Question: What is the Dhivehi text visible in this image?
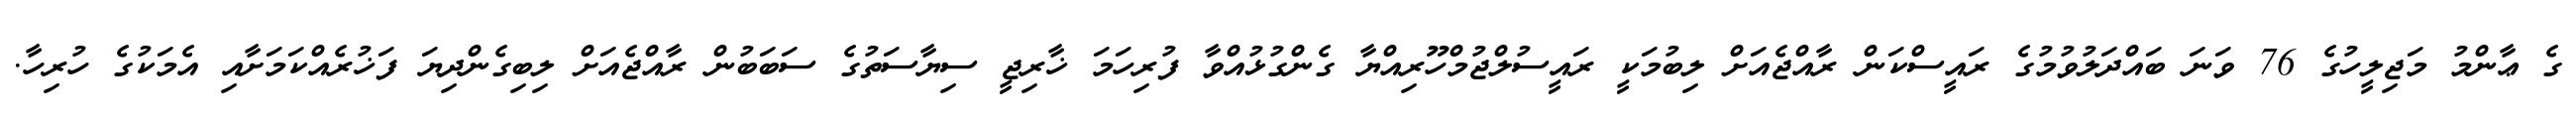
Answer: ގެ ޢާންމު މަޖިލީހުގެ 76 ވަނަ ބައްދަލުވުމުގެ ރައީސްކަން ރާއްޖެއަށް ލިބުމަކީ ރައީސުލްޖުމްހޫރިއްޔާ ގެންގުޅުއްވާ ފުރިހަމަ ޚާރިޖީ ސިޔާސަތުގެ ސަބަބުން ރާއްޖެއަށް ލިބިގެންދިޔަ ފަޚުރެއްކަމަށާއި އެމަކުގެ ހުރިހާ.